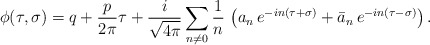
\begin{align*}\phi (\tau,\sigma)= q+\frac{p}{2\pi}\tau +\frac{i}{\sqrt {4\pi}}\sum_{n\neq 0}\frac{1}{n}\,\left({a_n}\, e^{-in(\tau +\sigma)}+ {\bar a_n}\, e^{-in(\tau -\sigma)}\right ).\end{align*}